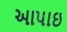
આપાઇ